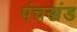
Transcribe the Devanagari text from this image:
पंचखंड